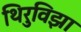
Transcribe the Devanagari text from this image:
थिरुविझा